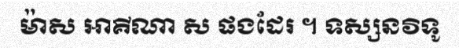
ម៉ាស អាគីណា ស ផងដែរ ។ ទស្សនវិទូ